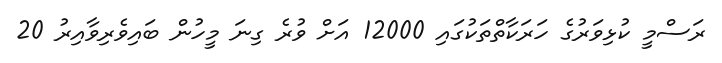
ރަސްމީ ކުޅިވަރުގެ ހަރަކާތްތަކުގައި 12000 އަށް ވުރެ ގިނަ މީހުން ބައިވެރިވާއިރު 20